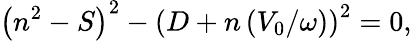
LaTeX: \left(n^{2}-S\right)^{2}-\left(D+n\left(V_{0}/\omega\right)\right)^{2}=0,